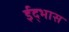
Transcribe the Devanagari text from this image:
ईद्भास